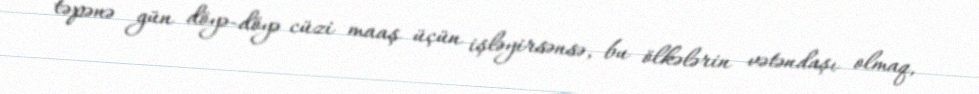
təpənə gün döyə-döyə cüzi maaş üçün işləyirsənsə, bu ölkələrin vətəndaşı olmaq,